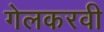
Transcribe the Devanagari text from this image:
गेलकरवी